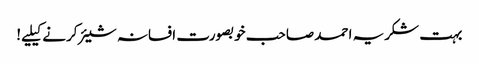
بہت شکریہ احمد صاحب خوبصورت افسانہ شیئر کرنے کیلیے!